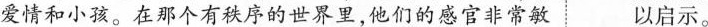
爱情和小孩。在那个有秩序的世界里，他们的感官非常敏 以启示。